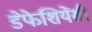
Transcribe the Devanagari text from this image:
डेफेशियेंसी